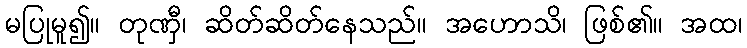
မပြုမူ၍။ တုဏှီ၊ ဆိတ်ဆိတ်နေသည်။ အဟောသိ၊ ဖြစ်၏။ အထ၊